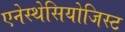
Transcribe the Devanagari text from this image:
एनेस्थेसियोजिस्ट